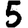
Digit: 5